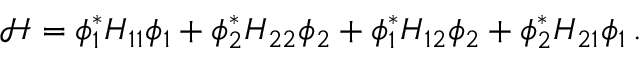
{ \mathcal H } = \phi _ { 1 } ^ { * } H _ { 1 1 } \phi _ { 1 } + \phi _ { 2 } ^ { * } H _ { 2 2 } \phi _ { 2 } + \phi _ { 1 } ^ { * } H _ { 1 2 } \phi _ { 2 } + \phi _ { 2 } ^ { * } H _ { 2 1 } \phi _ { 1 } \, .